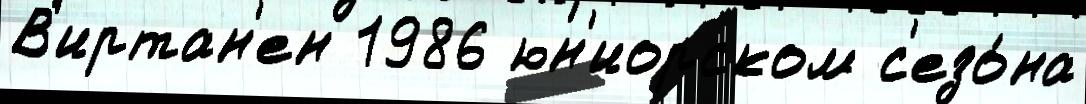
В'иртан'ен 1986 юн'иорском с'езо́на